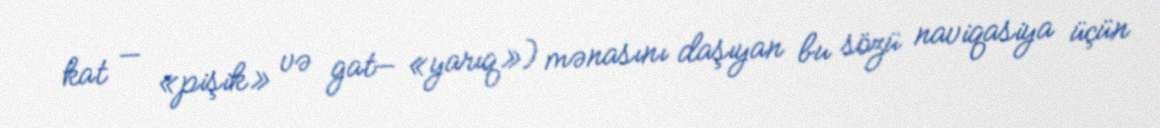
kat — «pişik» və gat— «yarıq») mənasını daşıyan bu sözü naviqasiya üçün